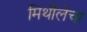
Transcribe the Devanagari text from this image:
मिथीलेचा